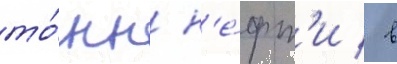
то́нн н'е́фт'и / в